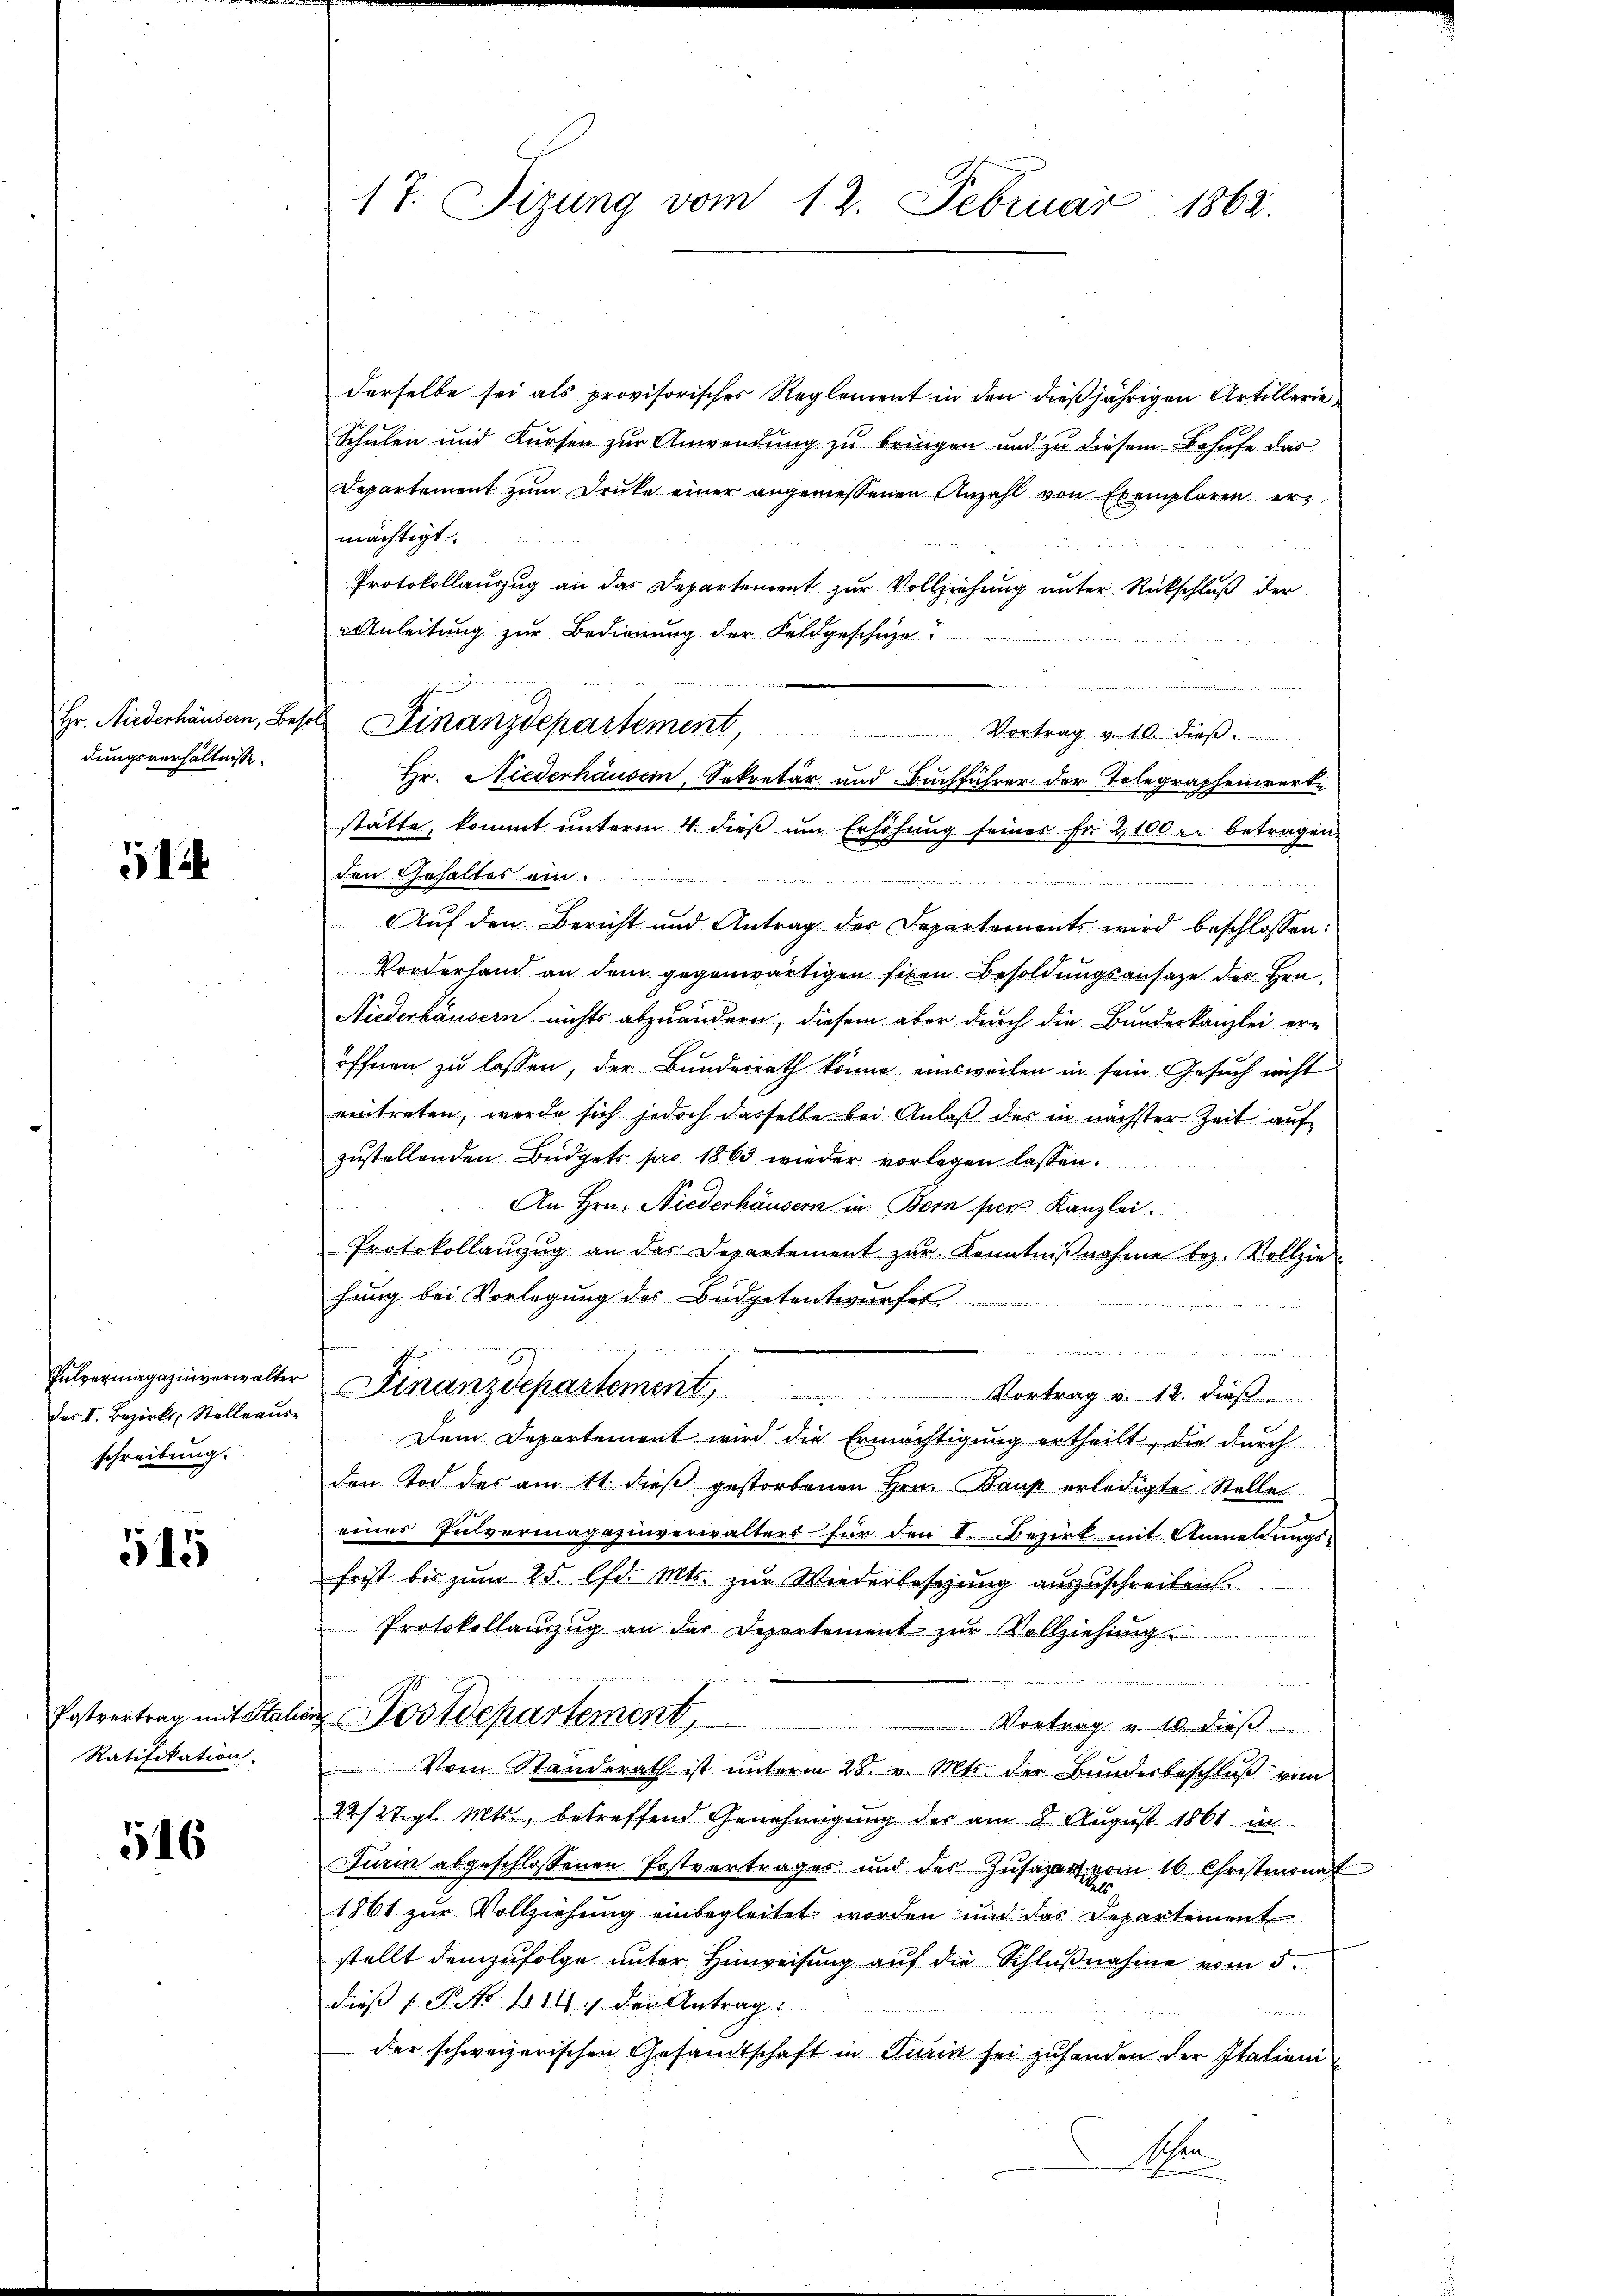
dungsverhältnisse.

514

das V. Bezirks, Stelleraus-
schreibung.

515

Ratifikation.

516

17. Sizung vom 12. Februar 1863.

derselbe sei als provisorisches Reglement in den dießjährigen Artillerie
Schulen und Kursen zur Anwendung zu bringen und zu diesem Behufe das
Departement zŭm Drucke einer angemessenen Anzahl von Exemplaren er
mächtigt.
Protokollauszug an das Departement zur Vollziehung unter Rückschluß der
Anleitung zur Bedienung der Feldgeschäze?

Hr. Niederhäusern, Sekretär und Buchführer der Telegraphenwerke
stätte, kommt unterm 4. dieß um Erhöhung seines Fr. 2100 er betragen
den Gehaltes ein.
Auf den Bericht und Antrag der Departements wird beschlossen:
Vorderhand an dem gegenwärtigen fixen Besoldungsansatze des Hrn.
Niederhäusern nichts abzuändern, diesem aber durch die Bundeskanzlei er-
öffenen zu lassen, der Bundesrath könne einsweilen in sein Gesuch nicht
eintreten, werde sich jedoch dasselbe bei Anlaβ des in nächster Zeit auf
zustellenden Budgets pro 1863 wieder vorlegen lassen.
An Hrn. Niederhäusern in Bern per Kanzlei
Protokollaŭszŭg an das Departement zŭr Kenntniβnahme bez. Vollzie
hung bei Vorlegung des Büdgetentwurfes
e
u
ge in er sichen sind es wird, ich gehen
Pulvermagazinverwalter Finanzdepartement, Vortrag v. 12. dieβ.
Dem Departement wird die Ermächtigung ertheilt, die durch
den Tod des am 11. dieß gestorbenen Hrn. Baup erledigte Stelle
eines Pulvermagazinverwalters für den I. Bezirk mit Anmeldungs-
frist bis zum 25. lfd. Mts. zur Wiederbesezung auszuschreiben.
Protokollauszug an der Departement zŭr Vollziehung

Postvertrag mit Stalien Postdepartement,
Vortrag v. 10. dieß
Vom Standerath ist ŭnterm 28. v. Mts. der Bŭndesbeschlŭβ vom
22/2 tigl. Mts., betreffend Genehmigung der am 8. August 1861 in
Jurin abgeschlossenen Postvertrages und des Zŭsazart vom 16. Christmonat
1861 zur Vollziehung einbegleitet worden und das Departement
stellt demzufolge unter Hinweisung auf die Schlußnahme vom 5.
dieß P. Nr. 414. / den Antrag:

der schweizerischen Gesandtschaft in Turin sei zuhanden der Italieni
Schen

Hr. Niederhäusern, Besol Finanzdepartement Vortrag v. 10. dieβ.